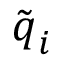
\tilde { \boldsymbol { q } } _ { i }